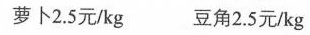
萝卜2.5元/kg 豆角2.5元/kg